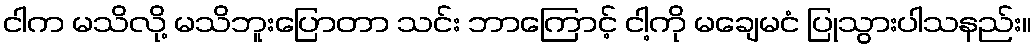
ငါက မသိလို့ မသိဘူးပြောတာ သင်း ဘာကြောင့် ငါ့ကို မချေမငံ ပြုသွားပါသနည်း။